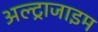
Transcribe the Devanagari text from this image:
अल्ट्राजाइम